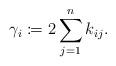
LaTeX: \begin{align*}\gamma_i\coloneqq{}2\sum_{j=1}^nk_{ij}.\end{align*}